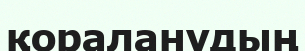
қораланудың